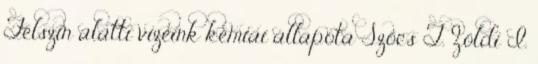
Felszín alatti vizeink kémiai állapota Szőcs T. Zöldi I.